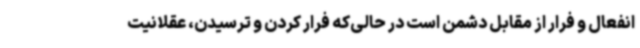
انفعال و فرار از مقابل دشمن است در حالی‌که فرار کردن و ترسیدن، عقلانیت